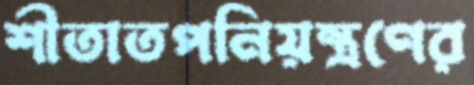
শীতাতপনিয়ন্ত্রণের